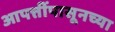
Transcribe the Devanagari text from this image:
आपत्तींपासूनच्या